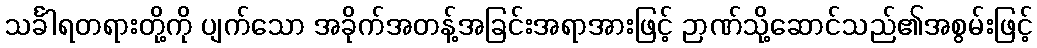
သင်္ခါရတရားတို့ကို ပျက်သော အခိုက်အတန့်အခြင်းအရာအားဖြင့် ဉာဏ်သို့ဆောင်သည်၏အစွမ်းဖြင့်